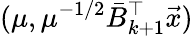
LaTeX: (\mu,\mu^{-1/2}\bar{B}_{k+1}^{\top}\vec{x})